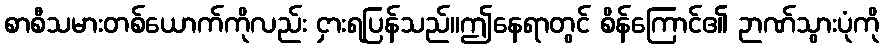
စာစီသမားတစ်ယောက်ကိုလည်း ငှားရပြန်သည်။ဤနေရာတွင် စိန်ကြောင်၏ ဉာဏ်သွားပုံကို